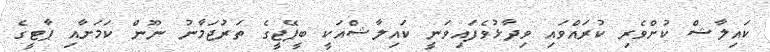
ކައިލާޝް ކުށްވެރި ކުރައްވައި ވިދާޅުވެފައިވަނީ ކައިލާޝްއަކީ ބީޕޭޖީގެ ތަރުޖަމާނު ނޫން ކަމަށާއި ޕާޓީގެ